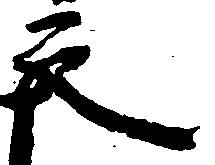
充